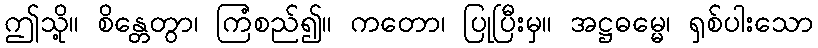
ဤသို့။ စိန္တေတွာ၊ ကြံစည်၍။ ကတော၊ ပြုပြီးမှ။ အဋ္ဌဓမ္မေ၊ ရှစ်ပါးသော